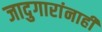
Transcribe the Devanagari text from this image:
जादुगारांनाही